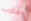
يغضب